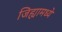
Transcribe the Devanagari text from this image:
जिह्यामध्ये